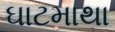
ઘાટમાથા